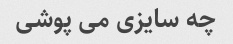
چه سایزی می پوشی